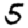
Digit: 5